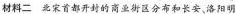
材料二 北宋首都开封的商业街区分布和长安、洛阳明